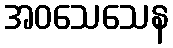
အဝသေသေန